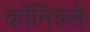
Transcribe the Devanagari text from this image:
काॅमिक्से